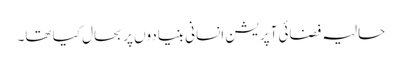
حالیہ فضائی آپریشن انسانی بنیادوں پر بحال کیا تھا۔